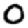
Digit: 0